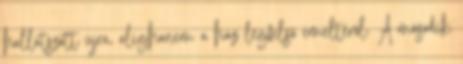
hallatszott újra, alighanem a ház legfelső emeltéről. A második